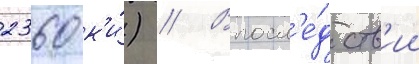
2360 к'и́) // Впосл'е́дств'ии